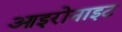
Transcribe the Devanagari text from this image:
आइरोनाइट